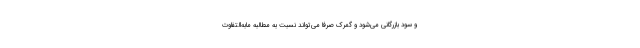
و سود بازرگانی می‌شود و گمرک صرفا می‌تواند نسبت به مطالبه مابه‌التفاوت